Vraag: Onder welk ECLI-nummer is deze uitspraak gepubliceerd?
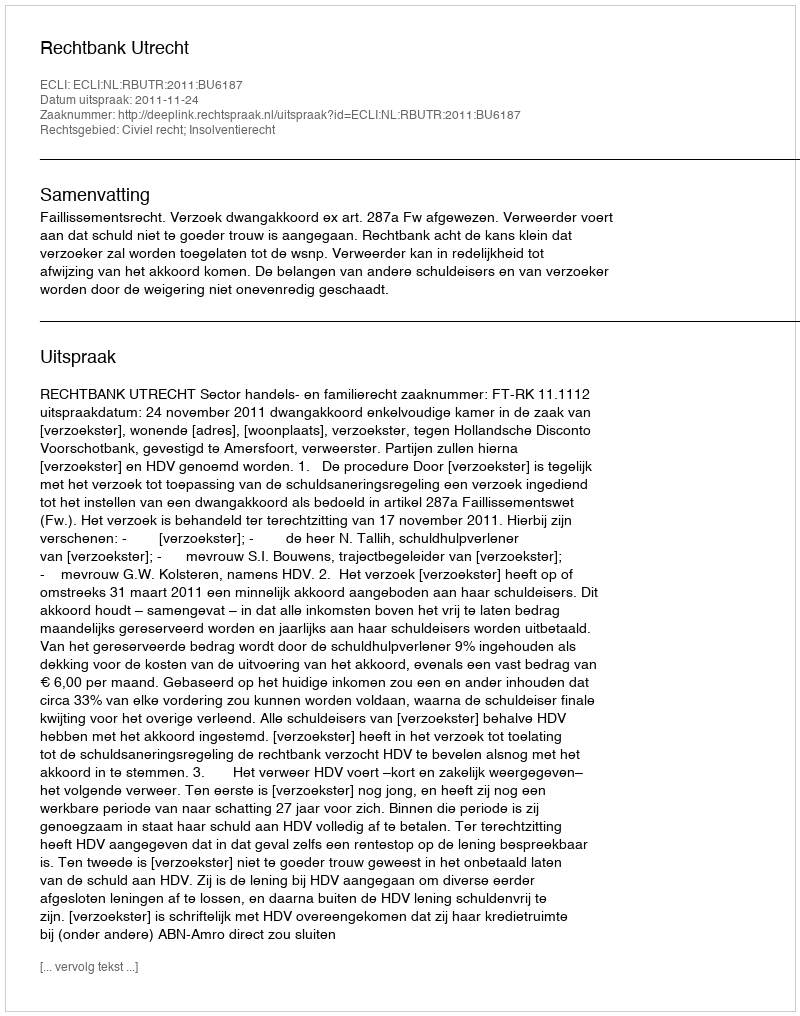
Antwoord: ECLI:NL:RBUTR:2011:BU6187